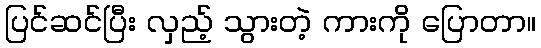
ပြင်ဆင်ပြီး လှည့် သွားတဲ့ ကားကို ပြောတာ။